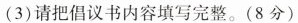
(3)请把倡议书内容填写完整。(8分)